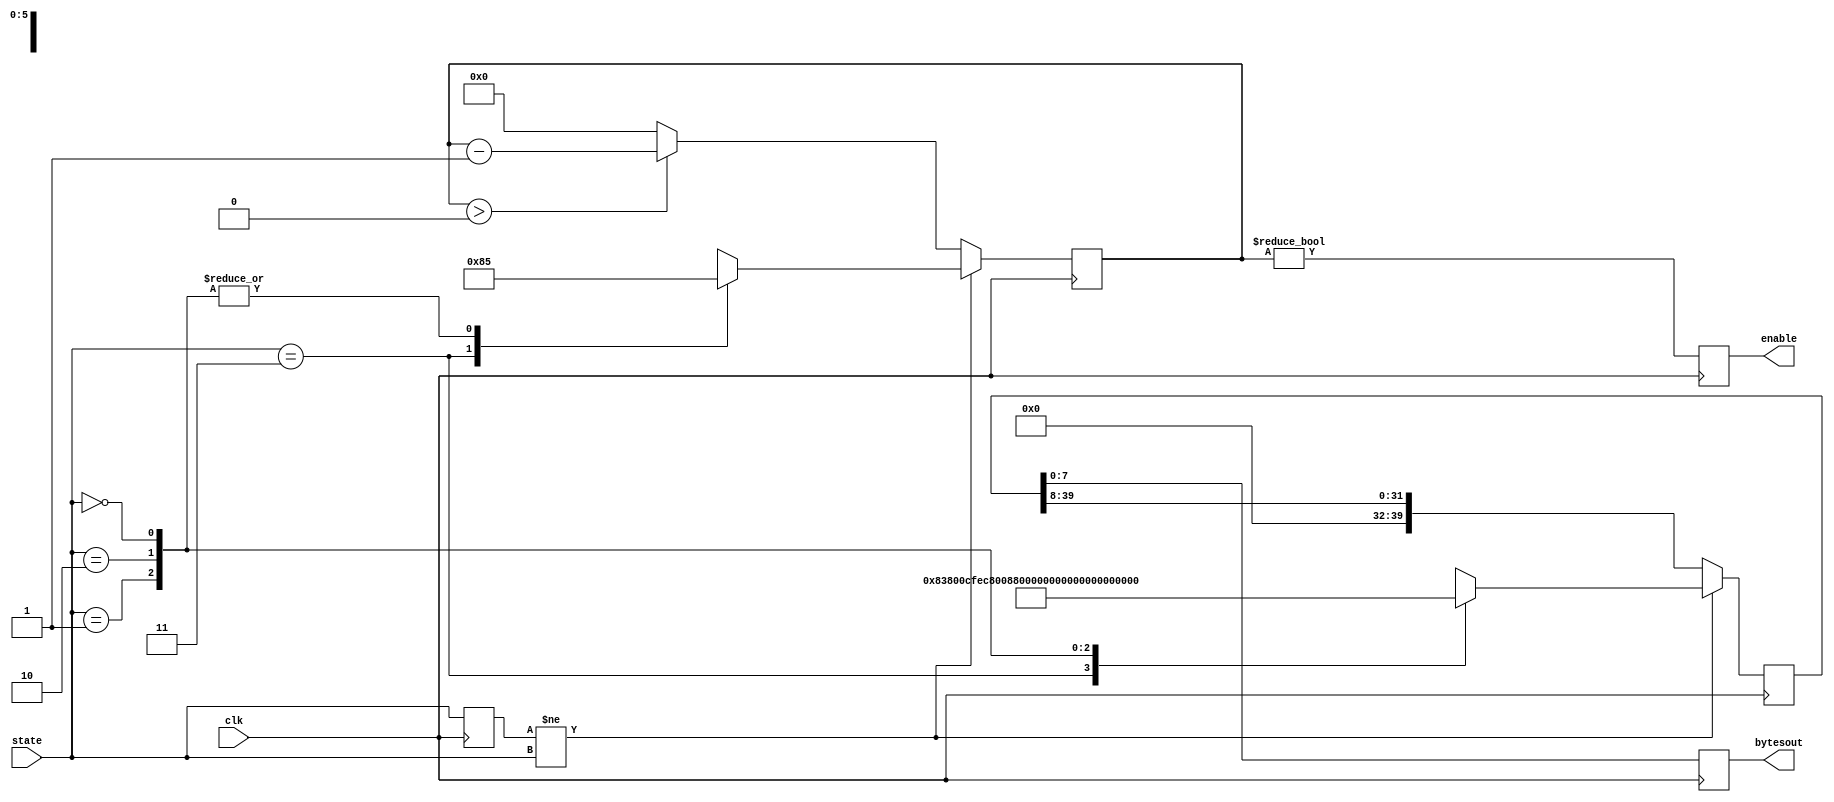
module outputFSM(clk,state,bytesout,enable);

	input clk;
	input [1:0] state;
	output [7:0] bytesout;
	output enable;
	
	reg [1:0] prev_state;
	reg [39:0] data, next_data;
	reg [5:0] count = 0, next_count = 0;
	
	reg [7:0] bytesout;
	reg enable;
	
	parameter STOP = 3'b00;
	parameter CLKWISE = 3'b01;
	parameter CNTCLKWISE = 3'b10;
	parameter INIT = 3'b11;
	parameter SONGINIT = 3'b100;
	
	parameter START = 8'd128;
	parameter SAFE = 8'd131;
	parameter DRIVE = 8'd137;
	parameter SPEEDHIGH = 8'h00; // 200 mm/s
	parameter SPEEDLOW = 8'hC8;
	parameter CLKWISEHIGH = 8'hFE; // -500 mm radius
	parameter CLKWISELOW = 8'h0C;
	parameter CNTCLKWISEHIGH = 8'h01; // 500 mm radius
	parameter CNTCLKWISELOW = 8'hF4;
	
	always @ (posedge clk) begin
		if (prev_state != state) begin
			count <= next_count;
			data <= next_data;
		end else begin
			count <= (count > 0) ? (count - 1) : 6'b0;
			data <= data >> 8;
		end
		
		prev_state <= state;
		bytesout <= data[7:0];
		enable <= count != 0;
	end
			
	always @(state) begin
		case (state)
			INIT: begin
				next_count = 6'd2;
				next_data = {
					SAFE,
					START};
			end
			
			SONGINIT: begin
				next_count = 6'd9;
				next_data = {
					8'd32, // half
					8'd79, //G
					8'd32, // half
					8'd76, // E
					8'd32, // half-second
					8'd72, // middle C
					8'd3, // length
					8'd1, //song number
					8'd140}; //init song};
			end
			
			CLKWISE: begin
				next_count = 6'd5;
				next_data = {
					CLKWISELOW,
					CLKWISEHIGH,
					SPEEDLOW,
					SPEEDHIGH,
					DRIVE};
			end
			CNTCLKWISE: begin
				next_count = 6'd5;
				next_data = {
					CNTCLKWISELOW,
					CNTCLKWISEHIGH,
					SPEEDLOW,
					SPEEDHIGH,
					DRIVE};
			end
			STOP: begin
				next_count = 6'd5;
				next_data = {
					8'b0,
					8'b0,
					8'b0,
					8'b0,
					DRIVE};
			end
		endcase
	end //always


endmodule